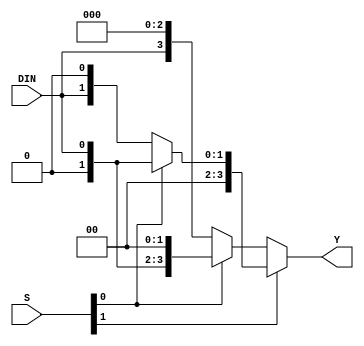
module DEMUL1_4(DIN, S, Y);
    input DIN;
    input [1:0] S;
    output [3:0] Y;

    reg [3:0] Y;

    always @(DIN or S)
        if (S[1] == 1'b0)
            if (S[0] == 1'b0)
                Y = {DIN, 3'b000};
            else
                Y = {1'b0, DIN, 2'b00};
        else
            if (S[0] == 1'b0)
                Y = {2'b00, DIN, 1'b0};
            else
                Y = {3'b000, DIN};
endmodule